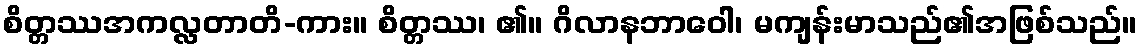
စိတ္တဿအကလ္လတာတိ-ကား။ စိတ္တဿ၊ ၏။ ဂိလာနဘာဝေါ၊ မကျန်းမာသည်၏အဖြစ်သည်။